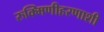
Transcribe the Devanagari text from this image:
रुक्मिणीहरणाशी